Annual report on the Civil Veterinary Department, Burma (including the Insein Veterinary School) - 1932-1941
Year: 1932
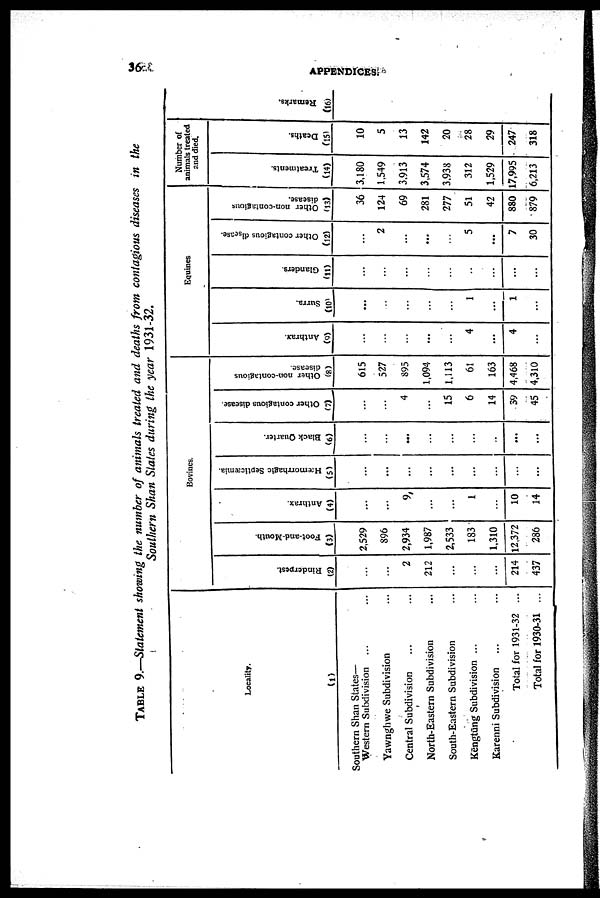
36
APPENDICES.
TABLE 9.—Statement showing the number of animals treated and deaths from contagious diseases in the
Southern Shan States during the year 1931-32.
Locality.
(1)
Southern Shan States—
Western Subdivision ... ...
Yawnghwe Subdivision ...
Central Subdivision ... ...
North-Eastern Subdivision ...
South-Eastern Subdivision ...
Kengtung Subdivision ... ...
Karenni Subdivision ... ...
Total for 1931-32 ...
Total for 1930-31 ...
Bovines.
Rinderpest.
(2)
...
...
2
212
...
...
...
214
437
Foot-and-Mouth.
(3)
2,529
896
2,934
1,987
2,533
183
1,310
12,372
286
Anthrax.
(4)
...
...
9
...
...
1
...
10
14
Hæmorrhagic Septicæmia.
(5)
...
...
...
...
...
...
...
...
...
Black Quarter.
(6)
...
...
...
...
...
...
...
...
...
Other contagious disease.
(7)
...
...
4
...
15
6
14
39
45
Other non-contagious
disease.
(8)
615
527
895
1,094
1,113
61
163
4,468
4,310
Equines
Anthrax.
(9)
...
...
...
...
...
4
...
4
...
Surra.
(10)
...
...
...
...
...
1
...
1
...
Glanders.
(11)
...
...
...
...
...
...
...
...
...
Other contagious disease.
(12)
...
2
...
...
...
5
...
7
30
Other non-contagious
disease.
(13)
36
124
69
281
277
51
42
880
879
Number of
animals treated
and died.
Treatments.
(14)
3,180
1,549
3,913
3,574
3,938
312
1,529
17,995
6,213
Deaths.
(15)
10
5
13
142
20
28
29
247
318
Re ma r
ks .
(16)